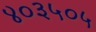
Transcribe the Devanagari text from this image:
४०३५०५